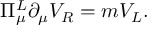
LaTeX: \Pi _ { \mu } ^ { L } \partial _ { \mu } V _ { R } = m V _ { L } .